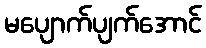
မပျောက်ပျက်အောင်